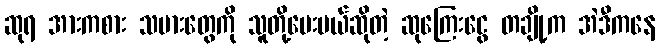
ဆုရ အားကစား သမားတွေကို သူတို့ပေးမယ်ဆိုတဲ့ ဆုကြေးငွေ တချို့က အဲဒီကနေ